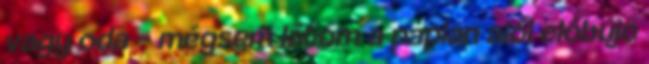
vagy oda – mégsem látom a paplan alól előbújó